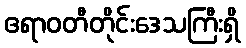
ဧရာဝတီတိုင်းဒေသကြီးရှိ